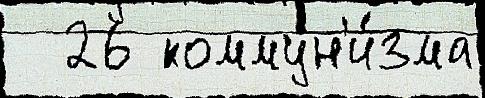
  26 коммун'и́зма